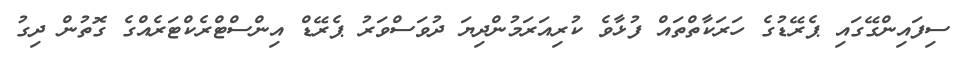
ސިފައިންގޭގައި ޕެރޭޑުގެ ހަރަކާތްތައް ފުޅާވެ ކުރިއަރަމުންދިޔަ ދުވަސްވަރު ޕެރޭޑް އިންސްޓްރެކްޓަރެއްގެ ގޮތުން ދިގު